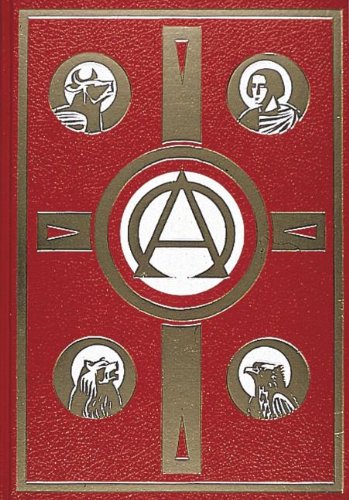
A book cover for The Book of the Gospels, No. 165/00; Catholic Book Publishing Co; Christian Books & Bibles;